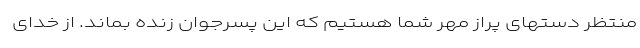
منتظر دستهای پراز مهر شما هستیم که این پسرجوان زنده بماند. از خدای